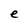
Character: e